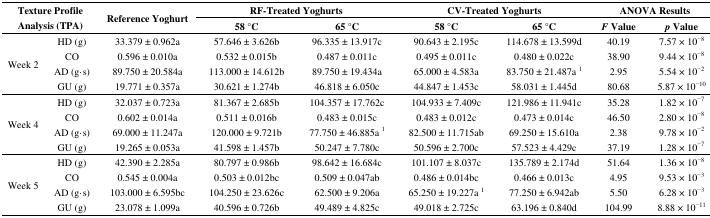
<table><thead><tr><td rowspan="2" colspan="2"><b>Texture Profile Analysis (TPA)</b></td><td rowspan="2"><b>Reference Yoghurt</b></td><td colspan="2"><b>RF-Treated Yoghurts</b></td><td colspan="2"><b>CV-Treated Yoghurts</b></td><td colspan="2"><b>ANOVA Results</b></td></tr><tr><td><b>58 °C</b></td><td><b>65 °C</b></td><td><b>58 °C</b></td><td><b>65 °C</b></td><td><b><i>F</i> Value</b></td><td><b><i>p</i> Value</b></td></tr></thead><tbody><tr><td rowspan="4">Week 2</td><td>HD (g)</td><td>33.379 ± 0.962a</td><td>57.646 ± 3.626b</td><td>96.335 ± 13.917c</td><td>90.643 ± 2.195c</td><td>114.678 ± 13.599d</td><td>40.19</td><td>7.57 × 10<sup>−8</sup></td></tr><tr><td>CO</td><td>0.596 ± 0.010a</td><td>0.532 ± 0.015b</td><td>0.487 ± 0.011c</td><td>0.495 ± 0.011c</td><td>0.480 ± 0.022c</td><td>38.90</td><td>9.44 × 10<sup>−8</sup></td></tr><tr><td>AD (g·s)</td><td>89.750 ± 20.584a</td><td>113.000 ± 14.612b</td><td>89.750 ± 19.434a</td><td>65.000 ± 4.583a</td><td>83.750 ± 21.487a <sup>1</sup></td><td>2.95</td><td>5.54 × 10<sup>−2</sup></td></tr><tr><td>GU (g)</td><td>19.771 ± 0.357a</td><td>30.621 ± 1.274b</td><td>46.818 ± 6.050c</td><td>44.847 ± 1.453c</td><td>58.031 ± 1.445d</td><td>80.68</td><td>5.87 × 10<sup>−10</sup></td></tr><tr><td rowspan="4">Week 4</td><td>HD (g)</td><td>32.037 ± 0.723a</td><td>81.367 ± 2.685b</td><td>104.357 ± 17.762c</td><td>104.933 ± 7.409c</td><td>121.986 ± 11.941c</td><td>35.28</td><td>1.82 × 10<sup>−7</sup></td></tr><tr><td>CO</td><td>0.602 ± 0.014a</td><td>0.511 ± 0.016b</td><td>0.483 ± 0.015c</td><td>0.483 ± 0.012c</td><td>0.473 ± 0.014c</td><td>46.50</td><td>2.80 × 10<sup>−8</sup></td></tr><tr><td>AD (g·s)</td><td>69.000 ± 11.247a</td><td>120.000 ± 9.721b</td><td>77.750 ± 46.885a <sup>1</sup></td><td>82.500 ± 11.715ab</td><td>69.250 ± 15.610a</td><td>2.38</td><td>9.78 × 10<sup>−2</sup></td></tr><tr><td>GU (g)</td><td>19.265 ± 0.053a</td><td>41.598 ± 1.457b</td><td>50.247 ± 7.780c</td><td>50.596 ± 2.700c</td><td>57.523 ± 4.429c</td><td>37.19</td><td>1.28 × 10<sup>−7</sup></td></tr><tr><td rowspan="4">Week 5</td><td>HD (g)</td><td>42.390 ± 2.285a</td><td>80.797 ± 0.986b</td><td>98.642 ± 16.684c</td><td>101.107 ± 8.037c</td><td>135.789 ± 2.174d</td><td>51.64</td><td>1.36 × 10<sup>−8</sup></td></tr><tr><td>CO</td><td>0.545 ± 0.004a</td><td>0.503 ± 0.012bc</td><td>0.509 ± 0.047ab</td><td>0.486 ± 0.014bc</td><td>0.466 ± 0.013c</td><td>4.95</td><td>9.53 × 10<sup>−3</sup></td></tr><tr><td>AD (g·s)</td><td>103.000 ± 6.595bc</td><td>104.250 ± 23.626c</td><td>62.500 ± 9.206a</td><td>65.250 ± 19.227a <sup>1</sup></td><td>77.250 ± 6.942ab</td><td>5.50</td><td>6.28 × 10<sup>−3</sup></td></tr><tr><td>GU (g)</td><td>23.078 ± 1.099a</td><td>40.596 ± 0.726b</td><td>49.489 ± 4.825c</td><td>49.018 ± 2.725c</td><td>63.196 ± 0.840d</td><td>104.99</td><td>8.88 × 10<sup>−11</sup></td></tr></tbody></table>